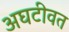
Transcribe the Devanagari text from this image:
अघटीवत